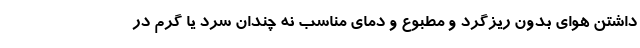
داشتن هوای بدون ریزگرد و مطبوع و دمای مناسب نه چندان سرد یا گرم در